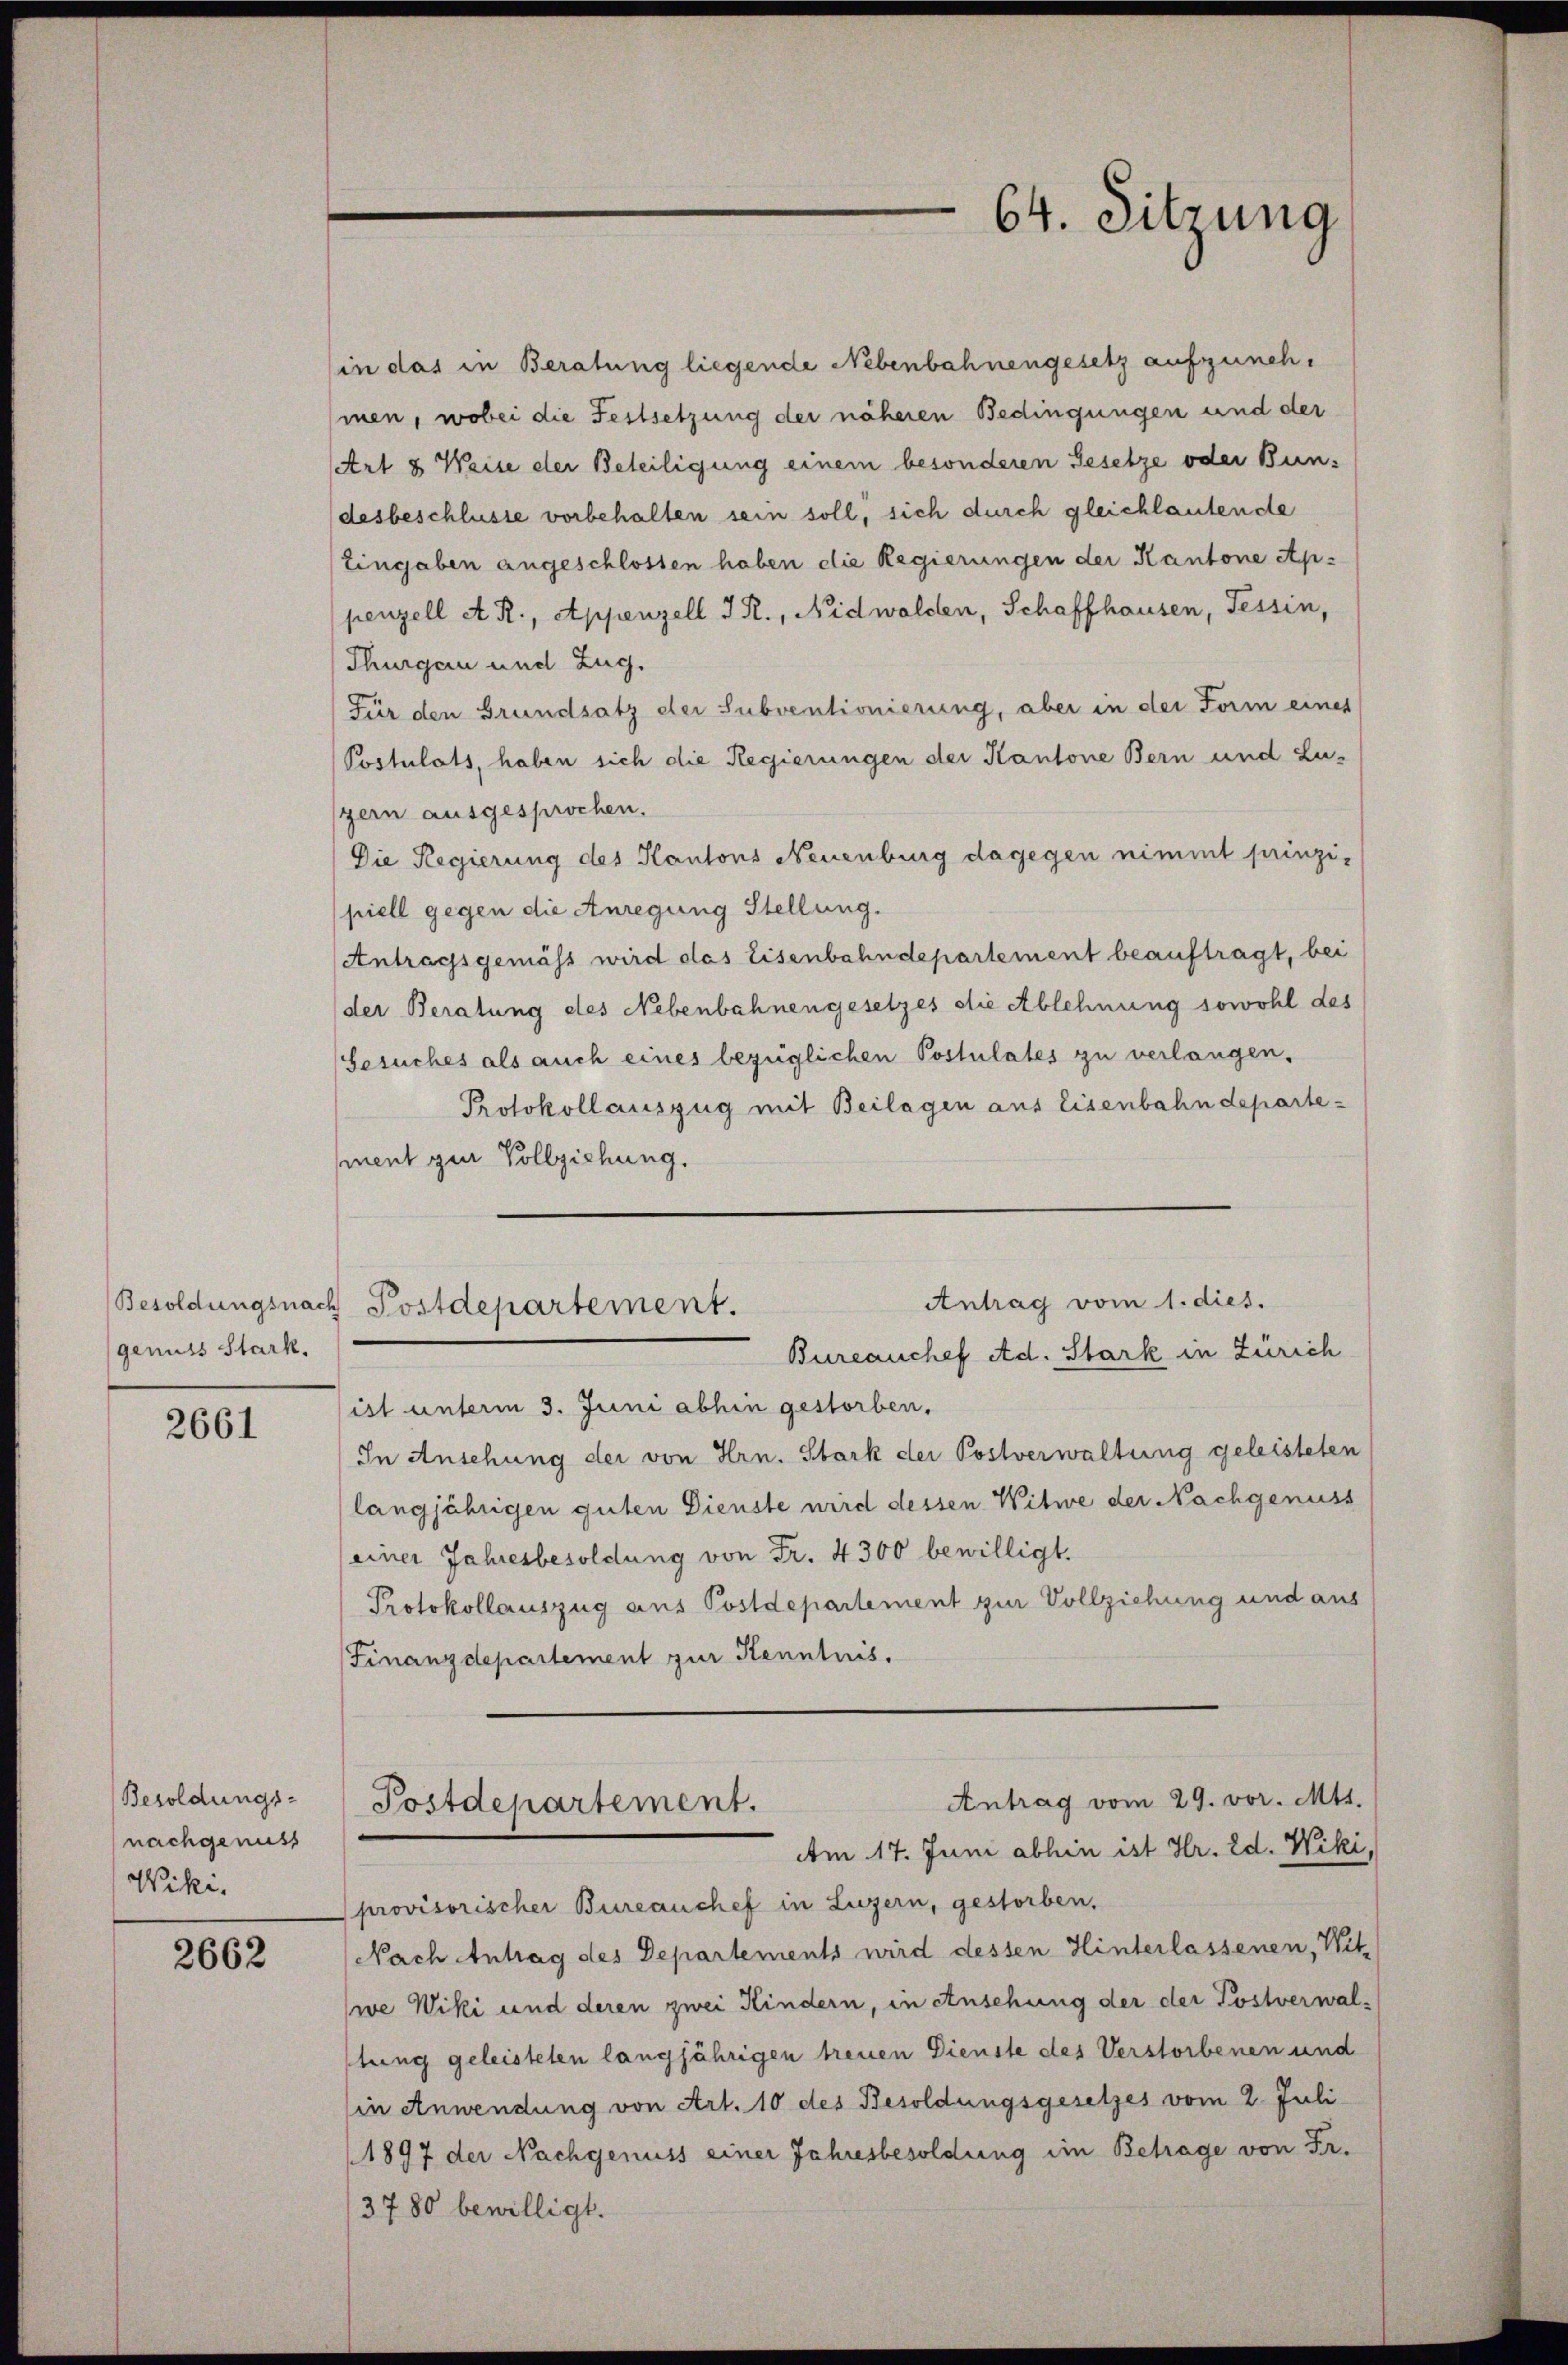
gemüts Stark.

2661

Besoldungs-
nachgenuss
Wiki.

2662

(in das in Beratung liegende Nebenbahnengesetz aufzunehmen, wobei die Festsetzung der näheren Bedingungen und der
Art & Weise der Beteiligung einem besonderen Gesetze oder Bundesbeschlüsse vorbehalten sein soll, sich durch gleichlautende
Eingaben angeschlossen haben die Regierungen der Kantone Appenzell A. R., Appenzell I. R., Nidwalden, Schaffhausen, Tessin,
Thurgau und Zug.
Für den Grundsatz der Subventionierung, aber in der Form eines
Postulats, haben sich die Regierungen der Kantone Bern und Lu-
gern ausgesprochen.
Die Regierung des Kantons Neuenburg dagegen nimmt prinzipiell gegen die Anregung Stellung.
Antragsgemäss wird das Eisenbahndepartement beauftragt, bei
der Beratung des Nebenbahnengesetzes die Ablehnung sowohl des
Gesuches als auch eines bezüglichen Postulates zu verlangen.
Protokollauszug mit Beilagen aus Eisenbahndepartement zur Vollziehung.
Antrag vom 1. dies.
Besoldungsnach Postdepartement.
Bureauchef Ad. Stark in Zürich
ist unterm 3. Juni abhin gestorben.
In Ansehung der von Hrn. Stark der Postverwaltung geleisteten
langjährigen guten Dienste wird dessen Witwe der Nachgenuss
einer Jahresbesoldung von Fr. 4300 bewilligt.
Protokollauszug aus Postdepartement zur Vollziehung und aus
Finanzdepartement zur Kenntnis.
Antrag vom 29. vor. Mts.
Postdepartement.
Am 17. Juni abhin ist Hr. Ed. Wiki,
provisorischer Bureauchef in Luzern, gestorben,
Nach Antrag des Departements wird dessen Hinterlassenen, Wit-
we Wiki und deren zwei Kindern, in Ansehung der der Postverwal-
stung geleisteten langjährigen treuen Dienste des Verstorbenen und
in Anwendung von Art. 10 des Besoldungsgesetzes vom 2. Juli
1897 der Nachgenuss einer Jahresbesoldung im Betrage von Fr.
3780 bewilligt.

64. Sitzung